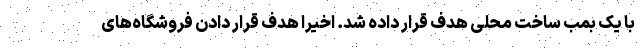
با یک بمب ساخت محلی هدف قرار داده شد. اخیرا هدف قرار دادن فروشگاه‌های